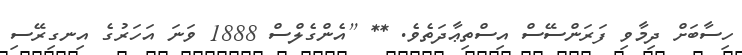
ހިސާބަށް ދިމާވި ފަރަންސޭސް އިސްތިޢާދަތެވެ. ** [އެންގެލްސް 1888 ވަނަ އަހަރުގެ އިނގިރޭސި